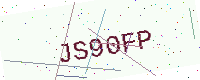
Text: JS90FP